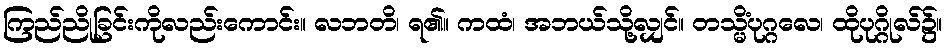
ကြည်ညိုခြင်းကိုလည်းကောင်း။ လဘတိ၊ ရ၏။ ကထံ၊ အဘယ်သို့လျှင်။ တသ္မိံပုဂ္ဂလေ၊ ထိုပုဂ္ဂိုလ်၌။